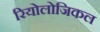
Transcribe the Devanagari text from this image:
रियोलोजिकल